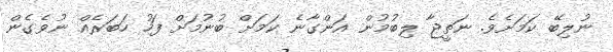
ނުލިބޭ ކަމަށެވެ. ނަތީޖާ ލިބުމުން އަންގާނެ ކަަމަށް ބުނުމަށް ފަހު ހަބަރެއް ނުވެގެން